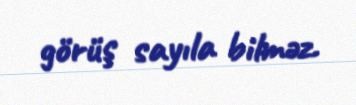
görüş sayıla bilməz.